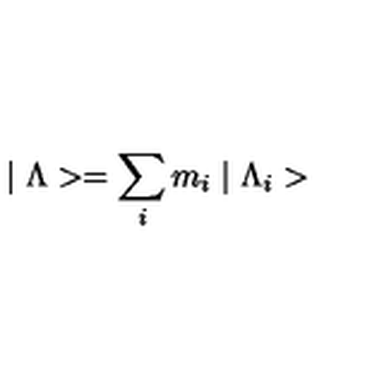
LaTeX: \mid \Lambda > = \sum _ { i } m _ { i } \mid \Lambda _ { i } >